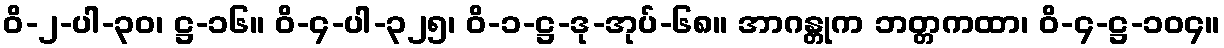
ဝိ-၂-ပါ-၃၀၊ ဋ္ဌ-၁၆။ ဝိ-၄-ပါ-၃၂၅၊ ဝိ-၁-ဋ္ဌ-ဒု-အုပ်-၆၈။ အာဂန္တုက ဘတ္တကထာ၊ ဝိ-၄-ဋ္ဌ-၁၀၄။